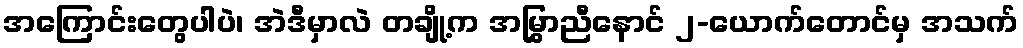
အကြောင်းတွေပါပဲ၊ အဲဒီမှာလဲ တချို့က အမြွှာညီနောင် ၂-ယောက်တောင်မှ အသက်